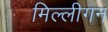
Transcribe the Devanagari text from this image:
मिल्लीगन